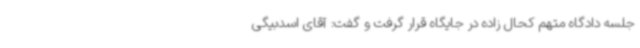
جلسه دادگاه متهم کحال زاده در جایگاه قرار گرفت و گفت: آقای اسدبیگی